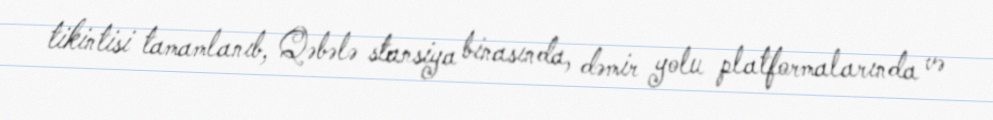
tikintisi tamamlanıb, Qəbələ stansiya binasında, dəmir yolu platformalarında və